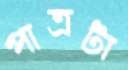
পাত্রটা